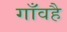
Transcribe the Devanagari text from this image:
गाँवहै